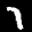
Label: 7